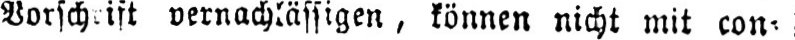
vernachlässigen, können nicht mit con⸗